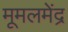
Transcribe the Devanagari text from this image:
मूमलमेंद्र